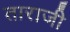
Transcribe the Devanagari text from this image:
ताराजी